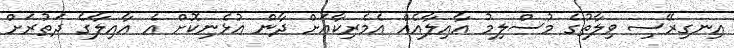
އިނގިރޭސި ވިލާތުގެ މުސްލިމު އާއިލާއެއް އެމެރިކާއަށް ދާން އުޅެނިކޮށް އެ އާއިލާގެ ދަތުރަށް